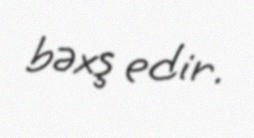
bəxş edir.